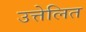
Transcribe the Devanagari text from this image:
उत्तेलित